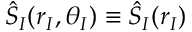
\hat { S } _ { I } ( r _ { I } , \theta _ { I } ) \equiv \hat { S } _ { I } ( r _ { I } )